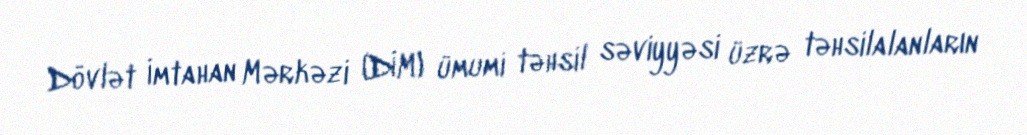
Dövlət İmtahan Mərkəzi (DİM) ümumi təhsil səviyyəsi üzrə təhsilalanların